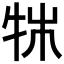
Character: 𤙍